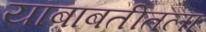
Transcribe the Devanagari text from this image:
याबाबतीतला